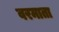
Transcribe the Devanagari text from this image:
वरमाता